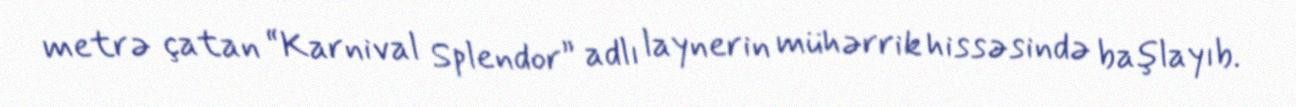
metrə çatan “Karnival Splendor” adlı laynerin mühərrik hissəsində başlayıb.